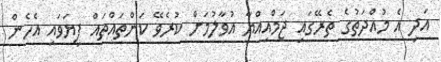
އަދި އެ މުއްދަތުގެ ތެރޭގައި ޖަމްއިއްޔާ އުވާލުމަށް ކުރެވޭ ކަންތައްތައް ފިޔަވައި އެހެން